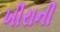
ખીરાની